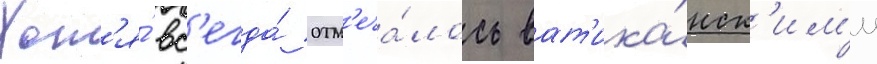
Хот'я́ вс'егда́ отм'еча́лось ват'ика́нск'им'и